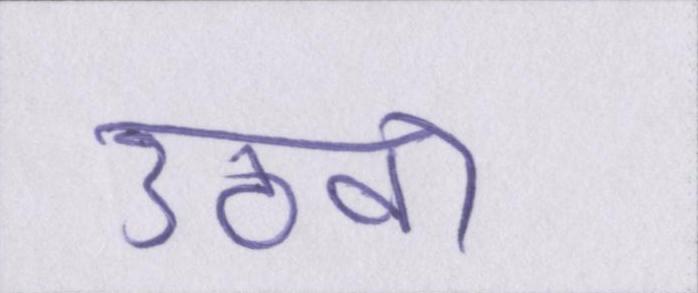
उठवा